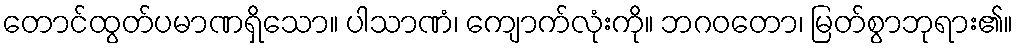
တောင်ထွတ်ပမာဏရှိသော။ ပါသာဏံ၊ ကျောက်လုံးကို။ ဘဂဝတော၊ မြတ်စွာဘုရား၏။